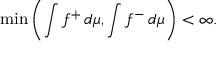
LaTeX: \operatorname* { m i n } \left( \int f ^ { + } \, d \mu , \int f ^ { - } \, d \mu \right) < \infty .